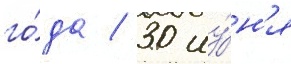
го́да / 30 иу́н'я